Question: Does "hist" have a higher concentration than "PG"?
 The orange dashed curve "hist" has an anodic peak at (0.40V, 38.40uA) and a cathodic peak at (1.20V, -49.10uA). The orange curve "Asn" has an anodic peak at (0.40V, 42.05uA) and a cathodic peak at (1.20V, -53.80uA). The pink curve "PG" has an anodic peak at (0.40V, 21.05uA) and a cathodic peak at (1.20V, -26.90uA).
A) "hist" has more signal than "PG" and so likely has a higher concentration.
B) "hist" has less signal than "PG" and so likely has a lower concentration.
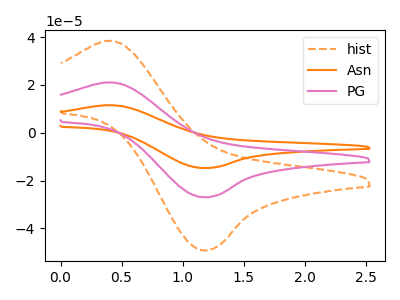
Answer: <think>All the peaks in "hist" have a peak in "PG" at the same potential. Every peak in "hist" is higher than every peak in "PG".
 </think>
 <answer>A) "hist" has more signal than "PG" and so likely has a higher concentration.</answer>
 <eval>A</eval>